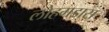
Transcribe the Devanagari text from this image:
लोहगडास